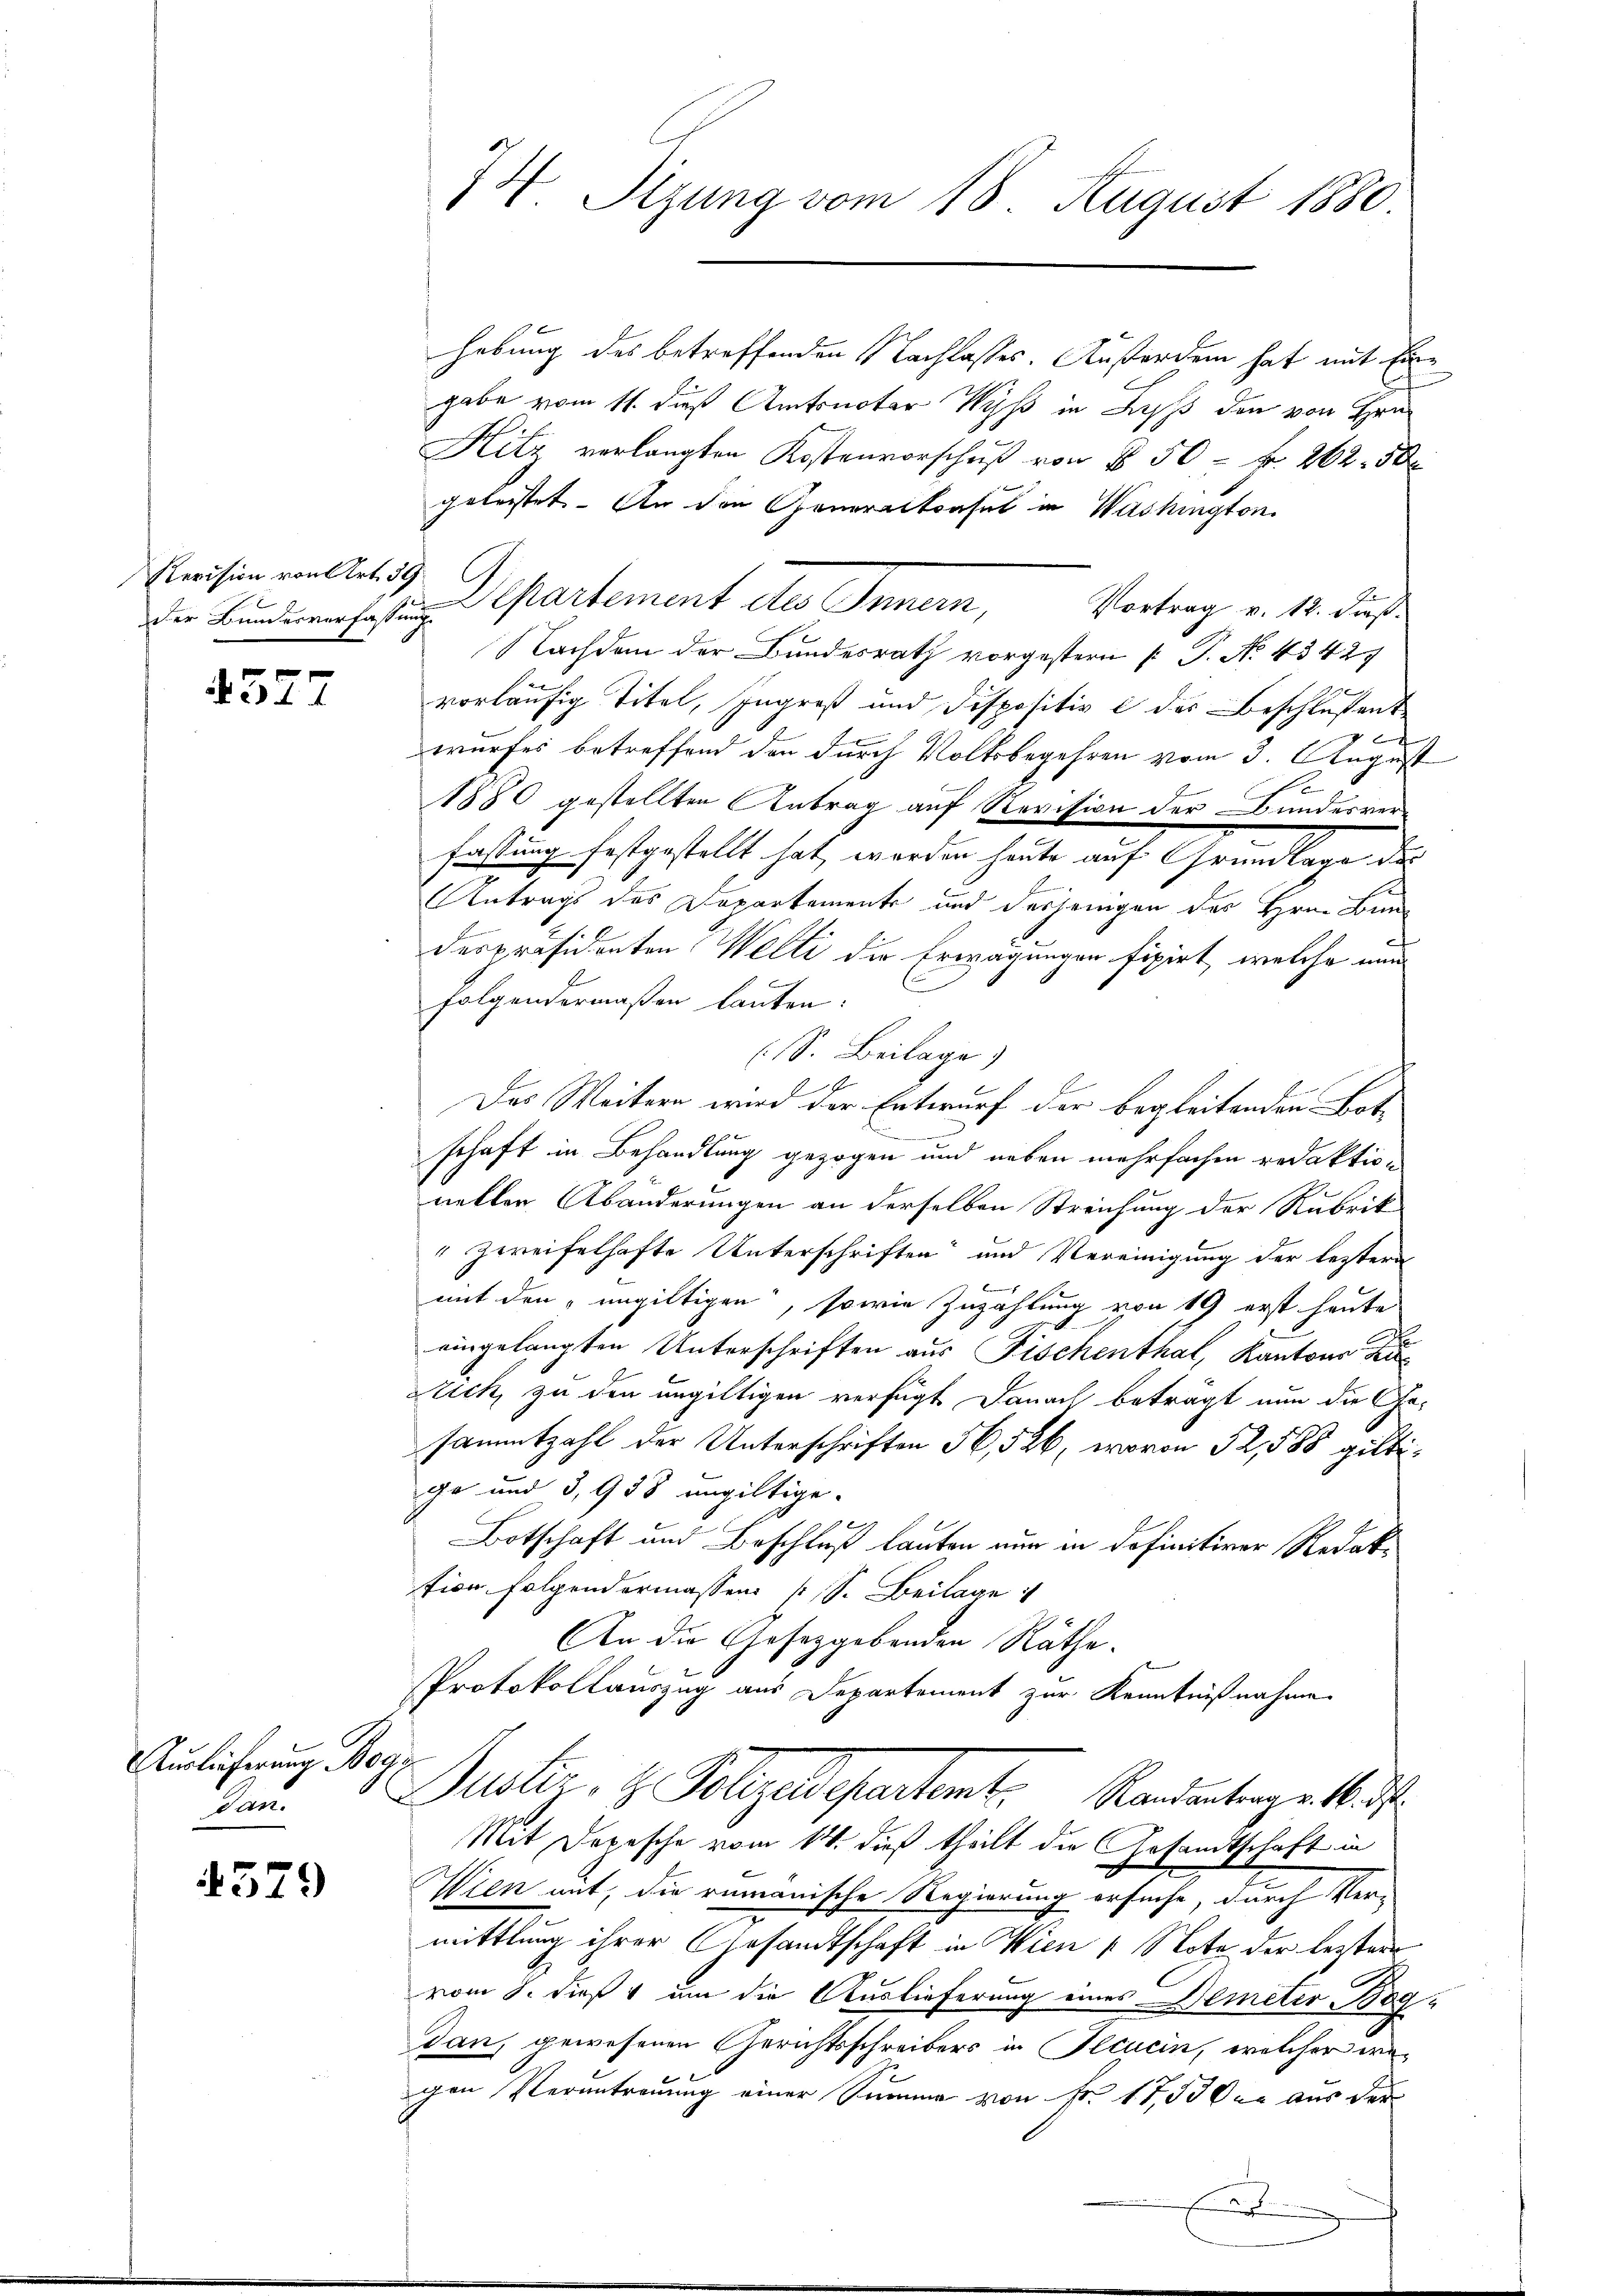
Revision von Art. 39

4577

Auslieferung Bog
Pani

4579

74 Sizung vom 18. August 1880

hebung des betreffenden Nachlasses. Außerden hat mit Eine
gabe vom 11. dieß Amtsnotar Wyß in dass den von Hrn.
Hitz verlangten Kostenvorschuß von § 50 Fr. 262. 50 x
geleistet. An den Generaltafel in Washington
Vortrag v. 12. dieß.
Nachden der Bundesrath vorgestern (T. No. 43427
vorläufig Titel, Ingroß und Dispositiv e des Beschlussent
x
wurfes betreffend den durch Volksbegehren vom 3. August
se
1880 gestellten Antrag auf Revision der Bundesverfassung festgestellt hat, werden heute auf Grundlage des
Antrags des Departemente und dasjenigen des Hrn. Bun
despräsidenten Welti die Erwägungen fixirt, welche nun
folgendermaßen lauten:
(S. Beilage)
Das Weitern wird der Entwurf der begleitenden Botschaft in Behandlung gezogen und neben mehrfachen redaktion
neller Abänderungen an derselben Streichung der Rubrik
" zweifelhafte Unterschriften“ und Vereinigung der leztere
mit den ungültigen, sowie Zuzählung von 19 erst heute
eingelangten Unterschriften aus Fischenthal, Kantons
Stich, zu den ungültigen verfügt Danach betragt nun die Gesammtzahl der Unterschriften 56,526, wovon 52,588 giltige und 3,938 ungültige.
Botschaft und Beschluß lauten nun in definitiver Redaktion folgendermassen (S. Beilage
An die Gesetzgebenden Räthe.
Protokollauszug aus Departement zur Kenntnißnahme
Justiz- & Polizeidepartemt. Randantergeburt
Mit Depesche vom 14. dieß theilt die Gesandtschaft in
Wien mit, die rumänische Regierung ersuche, durch Ver-
mittlung ihrer Gesandtschaft in Wien 1. Note der leztere
vom 8. dieß um die Auslieferung eines Demeter Bogdan, gewesenen Gerichtsschreibers in Pecuein, welcher wechen Verantreuung einer Summe von Fr. 17,500 er aus der
f

Die Bunderen fasten Departement des Innern,